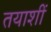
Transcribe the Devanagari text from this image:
तयाशीं